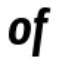
of